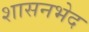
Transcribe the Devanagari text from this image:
शासनभेद